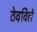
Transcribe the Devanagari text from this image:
ठेवविलें